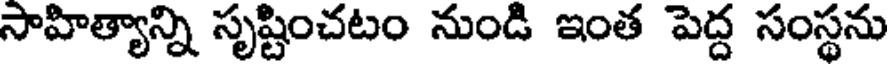
సాహిత్యాన్ని సృష్టించటం నుండి ఇంత పెద్ద సంస్థను